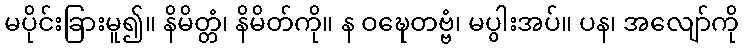
မပိုင်းခြားမူ၍။ နိမိတ္တံ၊ နိမိတ်ကို။ န ဝဍ္ဎေတဗ္ဗံ၊ မပွါးအပ်။ ပန၊ အလျော်ကို